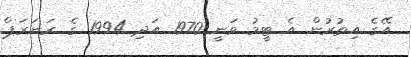
އޭގެ އިތުރުން އެ ޓީމު ވަނީ 1970 އަދި 1994 ގެ ރަނަރަޕް